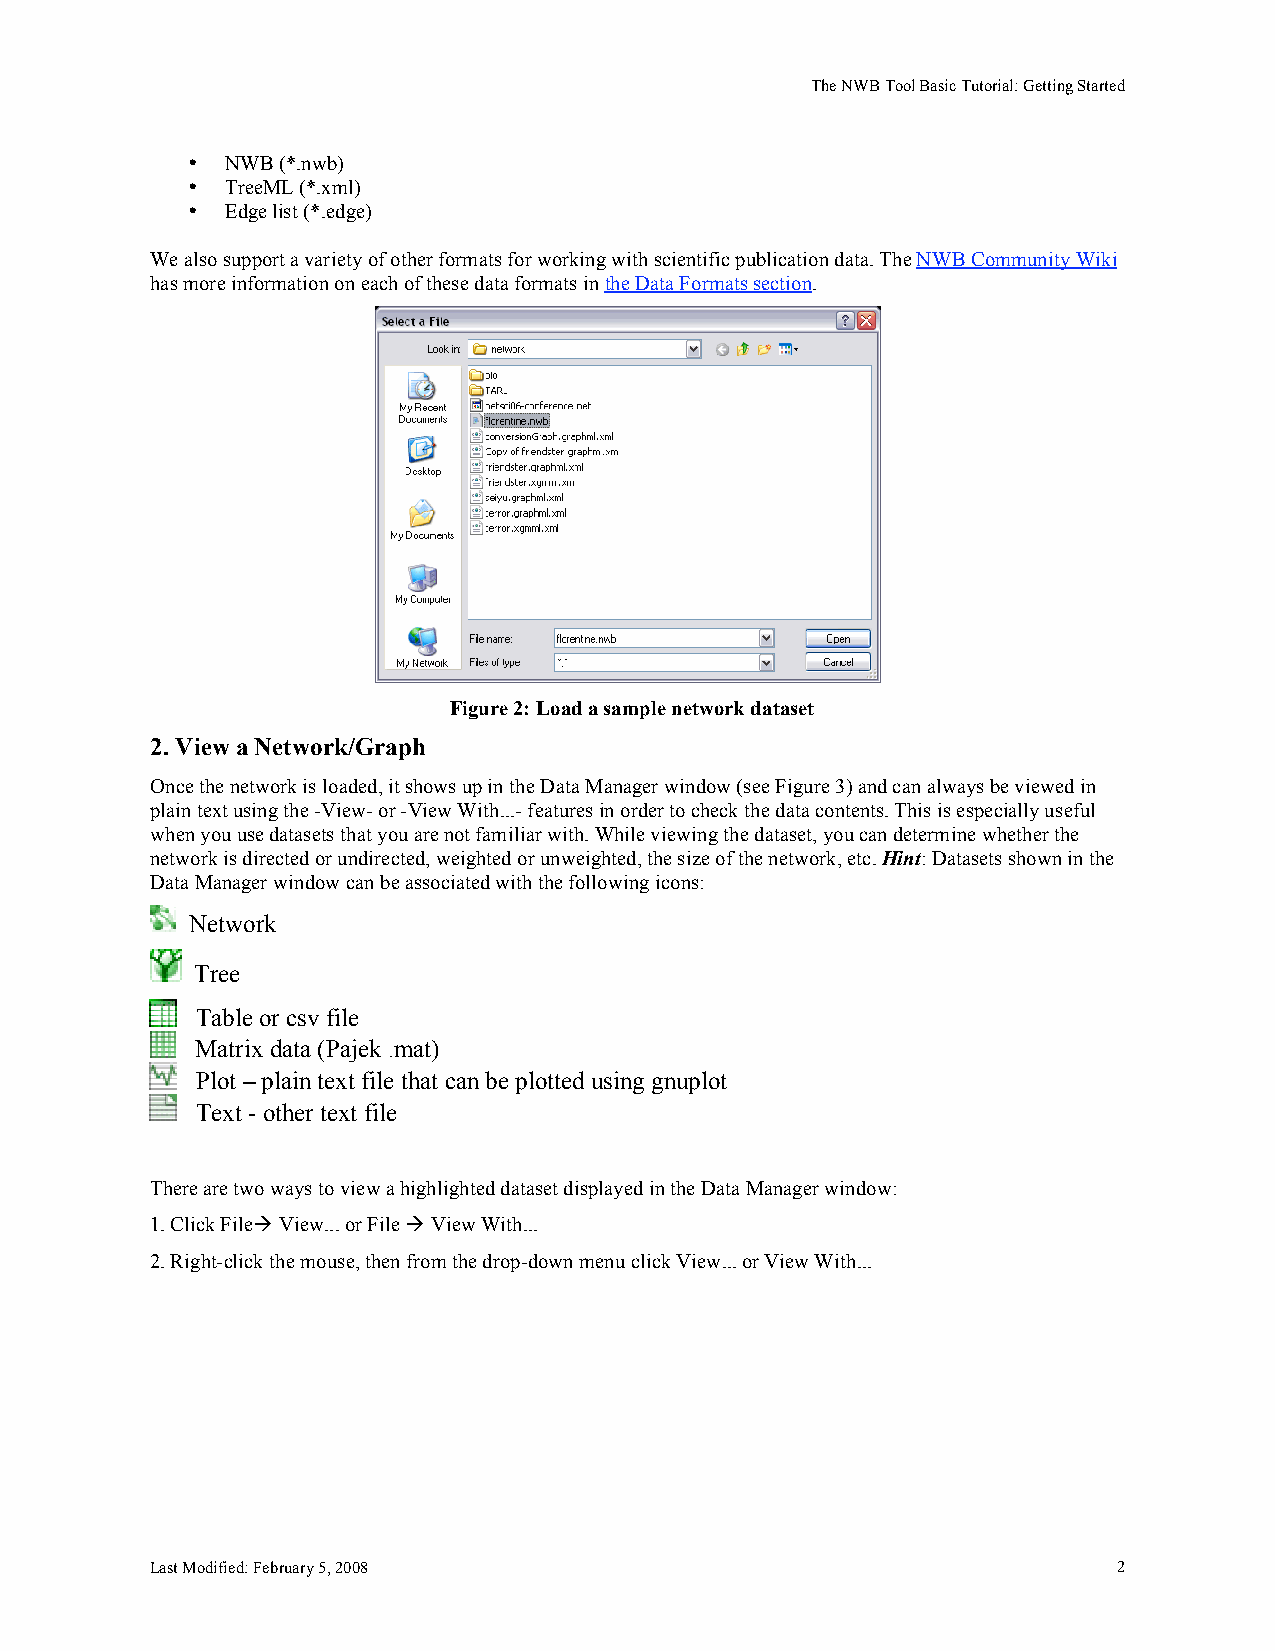
The NWB Tool Basic Tutorial: Getting Started
 •  NWB (*.nwb)
 •  TreeML (*.xml)
 •  Edge list (*.edge)
 We also support a variety of other formats for working with scientific publication data. The NWB Community Wiki
 has more information on each of these data formats in the Data Formats section.
 Figure 2: Load a sample network dataset
 2. View a Network/Graph
 Once the network is loaded, it shows up in the Data Manager window (see Figure 3) and can always be viewed in
 plain text using the -View- or -View With...- features in order to check the data contents. This is especially useful
 when you use datasets that you are not familiar with. While viewing the dataset, you can determine whether the
 network is directed or undirected, weighted or unweighted, the size of the network, etc. Hint: Datasets shown in the
 Data Manager window can be associated with the following icons:
 Network
 Tree
 Table or csv file
 Matrix data (Pajek .mat)
 Plot – plain text file that can be plotted using gnuplot
 Text - other text file
 There are two ways to view a highlighted dataset displayed in the Data Manager window:
 1. Click File View... or File  View With...
 2. Right-click the mouse, then from the drop-down menu click View... or View With...
 Last Modified: February 5, 2008                                 2